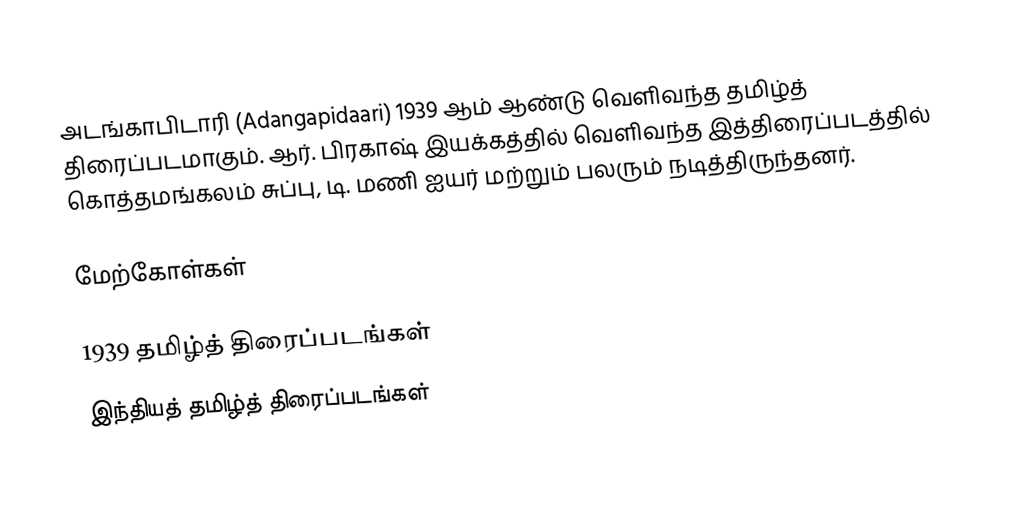
அடங்காபிடாரி (Adangapidaari) 1939 ஆம் ஆண்டு வெளிவந்த தமிழ்த் திரைப்படமாகும். ஆர். பிரகாஷ் இயக்கத்தில் வெளிவந்த இத்திரைப்படத்தில் கொத்தமங்கலம் சுப்பு, டி. மணி ஐயர் மற்றும் பலரும் நடித்திருந்தனர்.

மேற்கோள்கள்

1939 தமிழ்த் திரைப்படங்கள்
இந்தியத் தமிழ்த் திரைப்படங்கள்